Annual report on the lock hospitals of the Madras Presidency
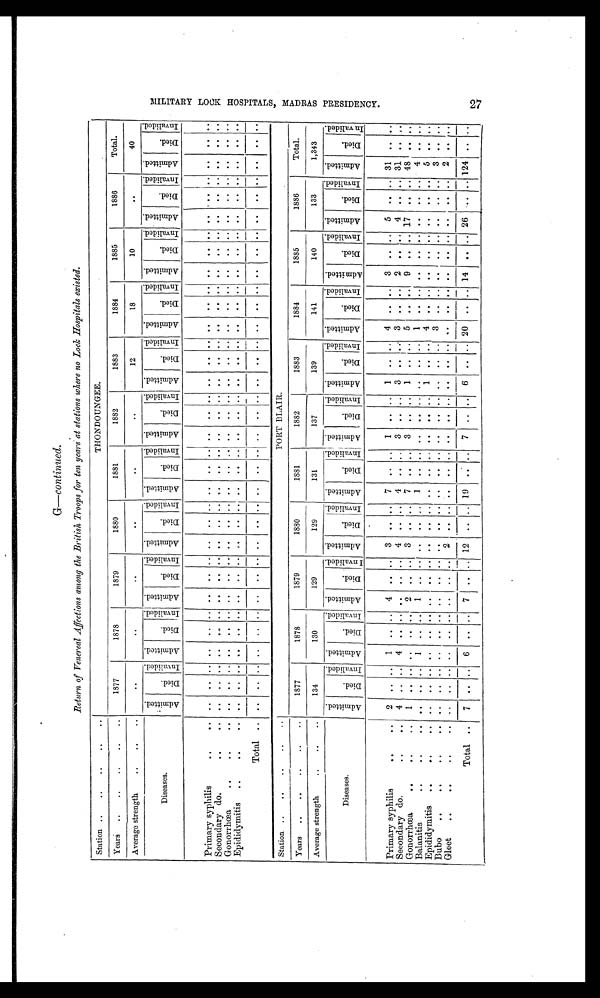
G-continued.
Return of Venereal Affections among the British Troops for ten years at stations where no Lock Hospitals existed.
Station
THONDOUNGEE.
Years
1877
1878
1879
1880
1881
1882
1883
1884
1885
1886
Total.
Average strength
. . .
. . .
. . .
. . .
. . .
. . .
12
18
10
. . .
40
Diseases.
A d m i t t e d
D i e d
I n v a l i d e d
A d m i t t e d
D i e d
I n v a l i d e d A d m i t t e d
D i e d
I n v a l i d e d A d m i t t e d
D i e d
I n v a l i d e d
A d m i t t e d
D i e d I n v a l i d e d .
A d m i t t e d
D i e d
I n v a l i d e d
A d m i t t e d
D i e d
I n v a l i d e d A d m i t t e d
D i e d
I n v a l i d e d
A d m i t t e d
D i e d
I n v a l i d e d A d m i t t e d
D i e d
I nva l i de d
A d m i t t e d
D i e d
I n v a l i d e d
Primary syphilis
. .
. .
. . .
.
.
.
.
Secondary do.
. .
. .
. . . .
.. . . . .
. .
. . . . . ..
. . . .
. .
. . . .
. . . . . .
..
. .
. . .. ..
. .
. .
.
. .
. .
Gonorrhœa
-
. .
. . . .
.. . . . .
. .
. . . . .._ . . . .
. .
. .
. .
. .
. . . .
..
. .
. . .. ..
. .
. . ..
. .
. . ..
. .
. . . .
Epididymitis
. .
. . . .
. . .
. . . .
. .
. . . .
. . ..
. . . .
. .
..
.
Total
Station .
PORT B LAIR.
Years
1877
1878
1879
1880
1881
1882
1883
1884
1885
1886
Total.
Average strength
134
130
129
129
131
137
139
141
140
133
1,343
Diseases.
A d m i t t e d
D i e d
I n v a l i d e d A d m i t t e d
D i e d
I n v a l i d e d A d m i t t e d
D i e d
I n v a l i d e d
A d m i t t e d
Died
I n v a l i d e d A d m i t t e d
D i e d
I n v a l i d e d A d m i t t e d
D i e d
I n v a l i d e d A d m i t t e d
D i e d
I n v a l i d e d A d m i t t e d
D i e d
I n v a l i d e d
A d m i t t e d
D i e d
I n v a l i d e d
A d m i t t e d
D i e d
I nva l i de d A d m i t t e d
D i e d
I n v a l i d e d
Primary syphilis
2 .. ....
1
. .
. . 4
. .
. . 3 .
. . 7 ... .. 1
. . . .
1
.. ... 4
. .. 3
. 5
. . .. 31
. .
. .
Secondary do.
4 ..
. . 4
4
4 .. .. 3
3
..
. . 3 ... .. 2
. . ... 4
. . .. 31
. .
. .
Gonorrhœa
1 ..
. .
. .
. . . . 2
. . . . 3 ..
. . 7
. . . . 3
. . .
. . 1 .. . 5 ... ..
9 .. . .. 17
. . .. 48
. . . .
Balanitis
. . ..
. . 1
. .
. . 1
. . 1
. . ..
. . 1
. . . .
. .
. .
. . . .
.. . .
1
..
. . .
. . ..
. .
. .
. 4
. .
. .
Epididymitis
..
..
. .
. . .
. .
. . . .
.. . . ..
. .
. . . .
. .
. .
. . . 1
.. . .
4.
.. ..
. .
. . ..
. .
. . .
5
. .
. .
Bubo
. .
...
. . . .
. . . .
. .
. . . .
. . ..
. .
. .
. . . . .
. . . .
. . ..
. .
. . .. ... . .
. . ..
. . .. ..
. . . .
. .
Gleet
. .
...
. . . .
. . . .
. .
. . . . 2 ..
. . .
. . . . . .
. .
. . . .
.. . .
. .
.. ..
. .
. . ..
. .
. . ..
2
.
Total
7 ..
6
. .
. . . 7
. .
. . 12 .. 19 .. .. 7
. .
. . 6 .. .. 20 .. .. 14 .. .. 26 .. .. 124 ...
N I L I T A R Y L O O K
H O S P I T A L S , M A D R A S P R E S I D E N C Y . . . 7